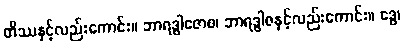
တိဿနှင့်လည်းကောင်း။ ဘာရဒွါဇောစ၊ ဘာရဒွါဇနှင့်လည်းကောင်း။ ဒွေ၊